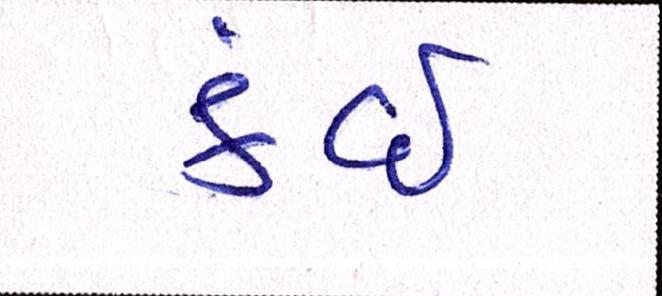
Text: કંઈ